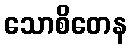
သောစိတေန